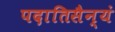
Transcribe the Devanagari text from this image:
पदातिसैन्यं